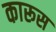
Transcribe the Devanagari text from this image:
कारूस